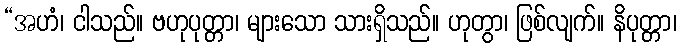
“အဟံ၊ ငါသည်။ ဗဟုပုတ္တာ၊ များသော သားရှိသည်။ ဟုတွာ၊ ဖြစ်လျက်။ နိပုတ္တာ၊